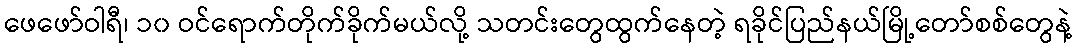
ဖေဖော်ဝါရီ၊ ၁၀ ဝင်ရောက်တိုက်ခိုက်မယ်လို့ သတင်းတွေထွက်နေတဲ့ ရခိုင်ပြည်နယ်မြို့တော်စစ်တွေနဲ့